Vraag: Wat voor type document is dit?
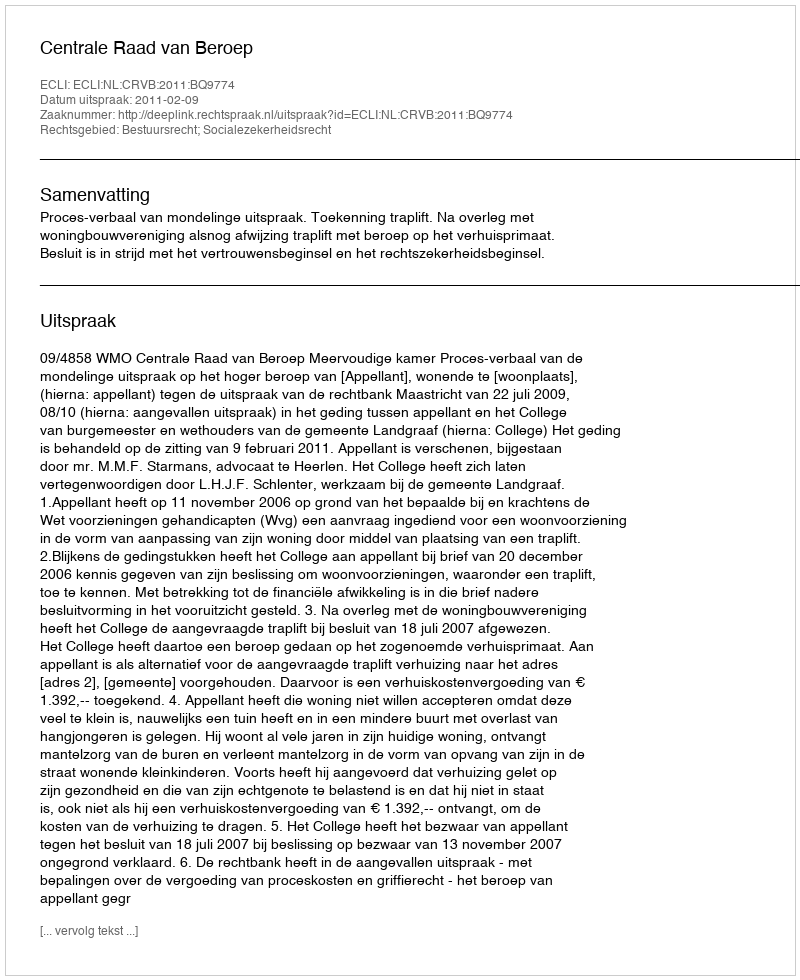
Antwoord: Uitspraak